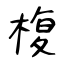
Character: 椱